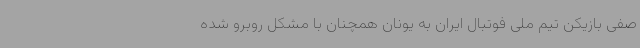
صفی بازیکن تیم ملی فوتبال ایران به یونان همچنان با مشکل روبرو شده